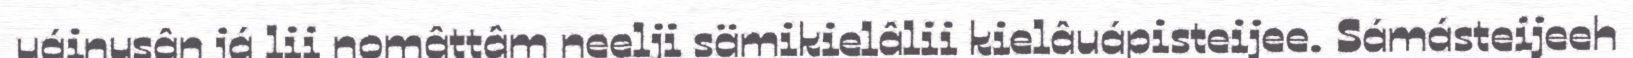
uáinusân já lii nomâttâm neelji sämikielâlii kielâuápisteijee. Sámásteijeeh